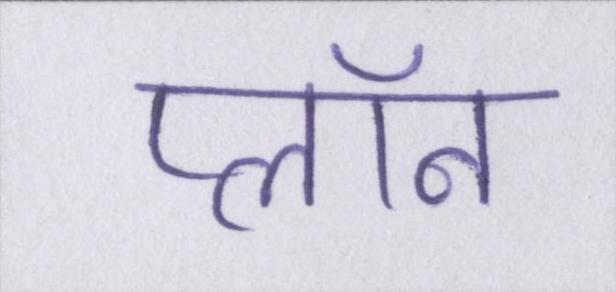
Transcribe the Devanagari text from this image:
प्लॉन